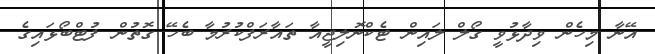
އޭނާ މިހެން ވިދާޅުވީ ގޯލް ލައިން ޓެކްނޮލިޖީއާ ތައާރަފްކުރުމާ ބެހޭ ގޮތުން ފުޓްބޯޅައިގެ